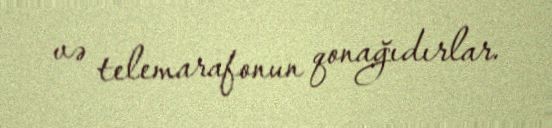
və telemarafonun qonağıdırlar.